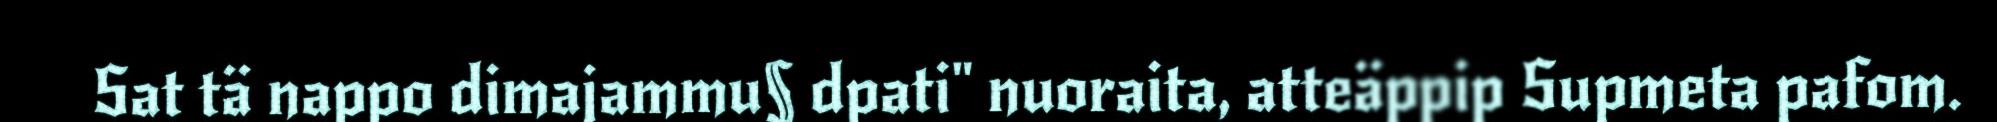
Sat tä nappo dimajammu§ dpati" nuoraita, atteäppip Supmeta pafom.